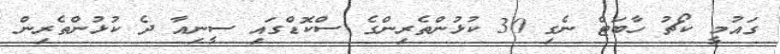
ގައުމީ ކޯޗު ހާބަޓް ނެގި 30 ކުޅުންތެރިންގެ ސްކޮޑްގައި ސީނިއާ ދެ ކުޅުންތެރިން